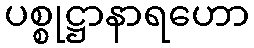
ပစ္စုဋ္ဌာနာရဟော